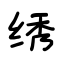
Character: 绣